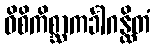
ဝိစိကိစ္ဆာကင်္ခါဂန္ထိတံ